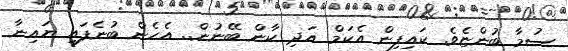
ސުމާ ބުންޏެވެ. ކައިފިން އެކަމް އަދި ކާން ބޭނުން.. އެހެން ބުނެފައި ޔައިނާ